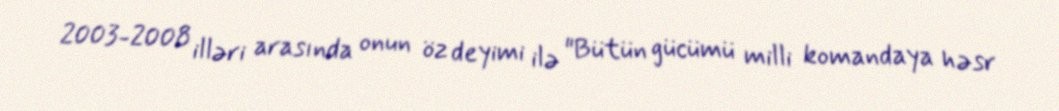
2003-2008 illəri arasında onun öz deyimi ilə "Bütün gücümü milli komandaya həsr